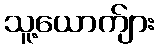
သူ့ယောက်ျား